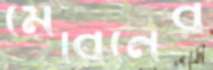
মেরিনের